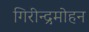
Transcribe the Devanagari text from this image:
गिरीन्द्रमोहन